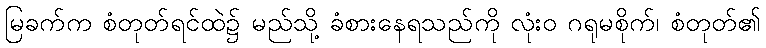
မြခက်က စံတုတ်ရင်ထဲ၌ မည်သို့ ခံစားနေရသည်ကို လုံးဝ ဂရုမစိုက်၊ စံတုတ်၏